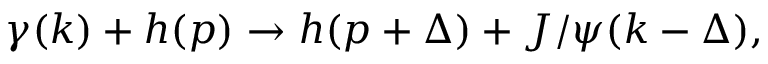
\gamma ( k ) + h ( p ) \to h ( p + \Delta ) + J / \psi ( k - \Delta ) ,